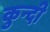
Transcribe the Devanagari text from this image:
कुन्दी